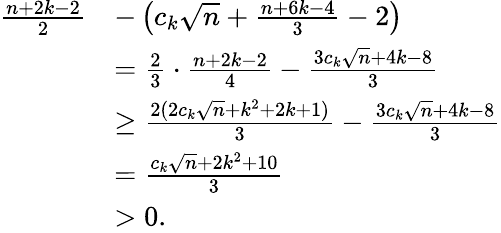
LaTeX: \begin{array}{rl}{\frac{n+2k-2}{2}}&{-\left(c_{k}\sqrt{n}+\frac{n+6k-4}{3}-2\right)}\\ &{=\frac{2}{3}\cdot\frac{n+2k-2}{4}-\frac{3c_{k}\sqrt{n}+4k-8}{3}}\\ &{\geq\frac{2(2c_{k}\sqrt{n}+k^{2}+2k+1)}{3}-\frac{3c_{k}\sqrt{n}+4k-8}{3}}\\ &{=\frac{c_{k}\sqrt{n}+2k^{2}+10}{3}}\\ &{>0.}\end{array}